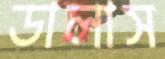
ডালাস